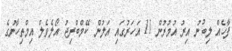
ފާހެއް ލިބުނު އިރު އުމުރުން 11 އަހަރުގައި އަލުން ކޭމްބްރިޖު އޯލެވެލް އިމްތިހާނުގެ